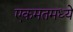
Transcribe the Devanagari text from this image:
एकमतमध्ये